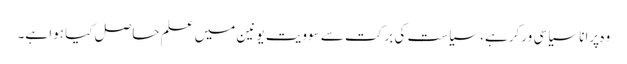
وہ پرانا سیاسی ورکر ہے، سیاست کی برکت سے سوویت یونین میں علم حاصل کیا ہوا ہے۔